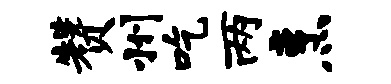
赞州吃两烹